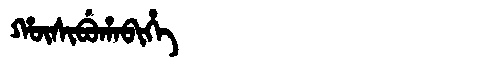
Manchu: ᡥᡡᠰᡳᠪᡠᡥᠠᠪᡳᡥᡝ
Romanization: HŪSIBUHABIHE